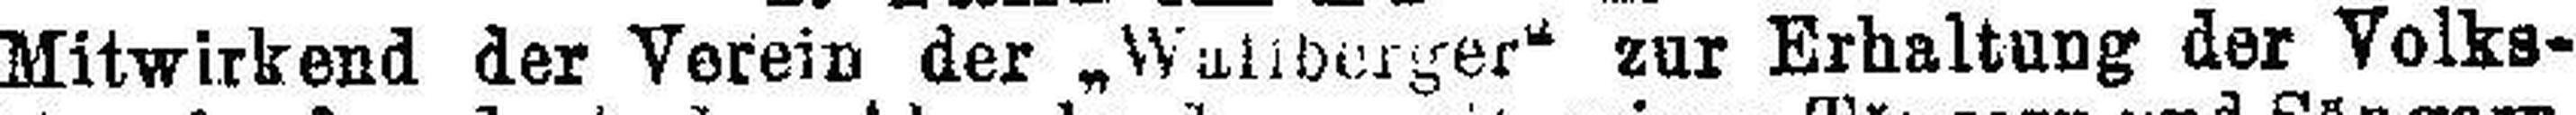
Mitwirkend der Verein der „Wallberger“ zur Erhaltung der Volks¬